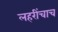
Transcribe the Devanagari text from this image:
लहरींचाच